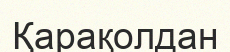
Қарақолдан